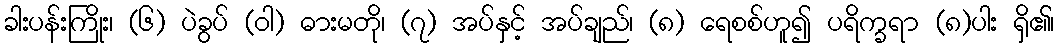
ခါးပန်းကြိုး၊ (၆) ပဲခွပ် (ဝါ) ဓားမတို၊ (၇) အပ်နှင့် အပ်ချည်၊ (၈) ရေစစ်ဟူ၍ ပရိက္ခရာ (၈)ပါး ရှိ၏၊